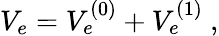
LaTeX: V_{e}=V_{e}^{(0)}+V_{e}^{(1)}~,